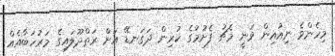
މިހެންވެ ނިއުއިން ވަނީ މެޗު ފެށުމުގެ ކުރިން ދަގަނޑޭ އަށް ރަތްދޫލައިގެ މަރުހަބާއެއް